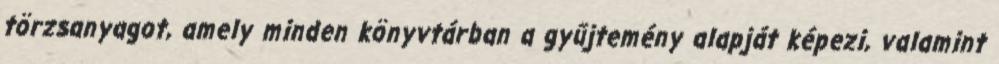
törzsanyagot, amely minden könyvtárban a gyűjtemény alapját képezi, valamint